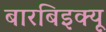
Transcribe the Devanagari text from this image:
बारबिइक्यू